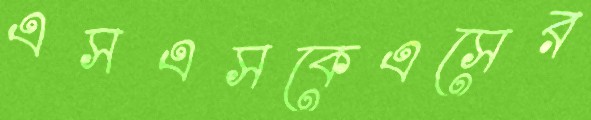
এসএসকেএসের